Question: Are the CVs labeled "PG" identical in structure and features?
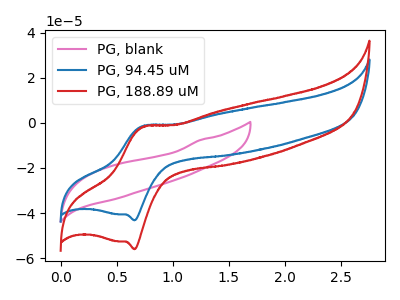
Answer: <think>The pink curve "PG, blank" has no peaks. The blue curve "PG, 94.45 uM" has an anodic peak at (0.75V, -1.35uA) and a cathodic peak at (0.65V, -43.20uA). The red curve "PG, 188.89 uM" has an anodic peak at (0.75V, -1.75uA) and a cathodic peak at (0.65V, -56.00uA).
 "PG, blank" and "PG, 94.45 uM" have a different number of peaks. "PG, blank" and "PG, 188.89 uM" have a different number of peaks. All the peaks in "PG, 94.45 uM" have a peak in "PG, 188.89 uM" at the same potential.</think>
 <answer>All the CV's of "PG" have similar shape.</answer>
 <eval>follow_rule</eval>